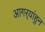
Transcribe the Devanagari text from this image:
आगर्‍यांहुन